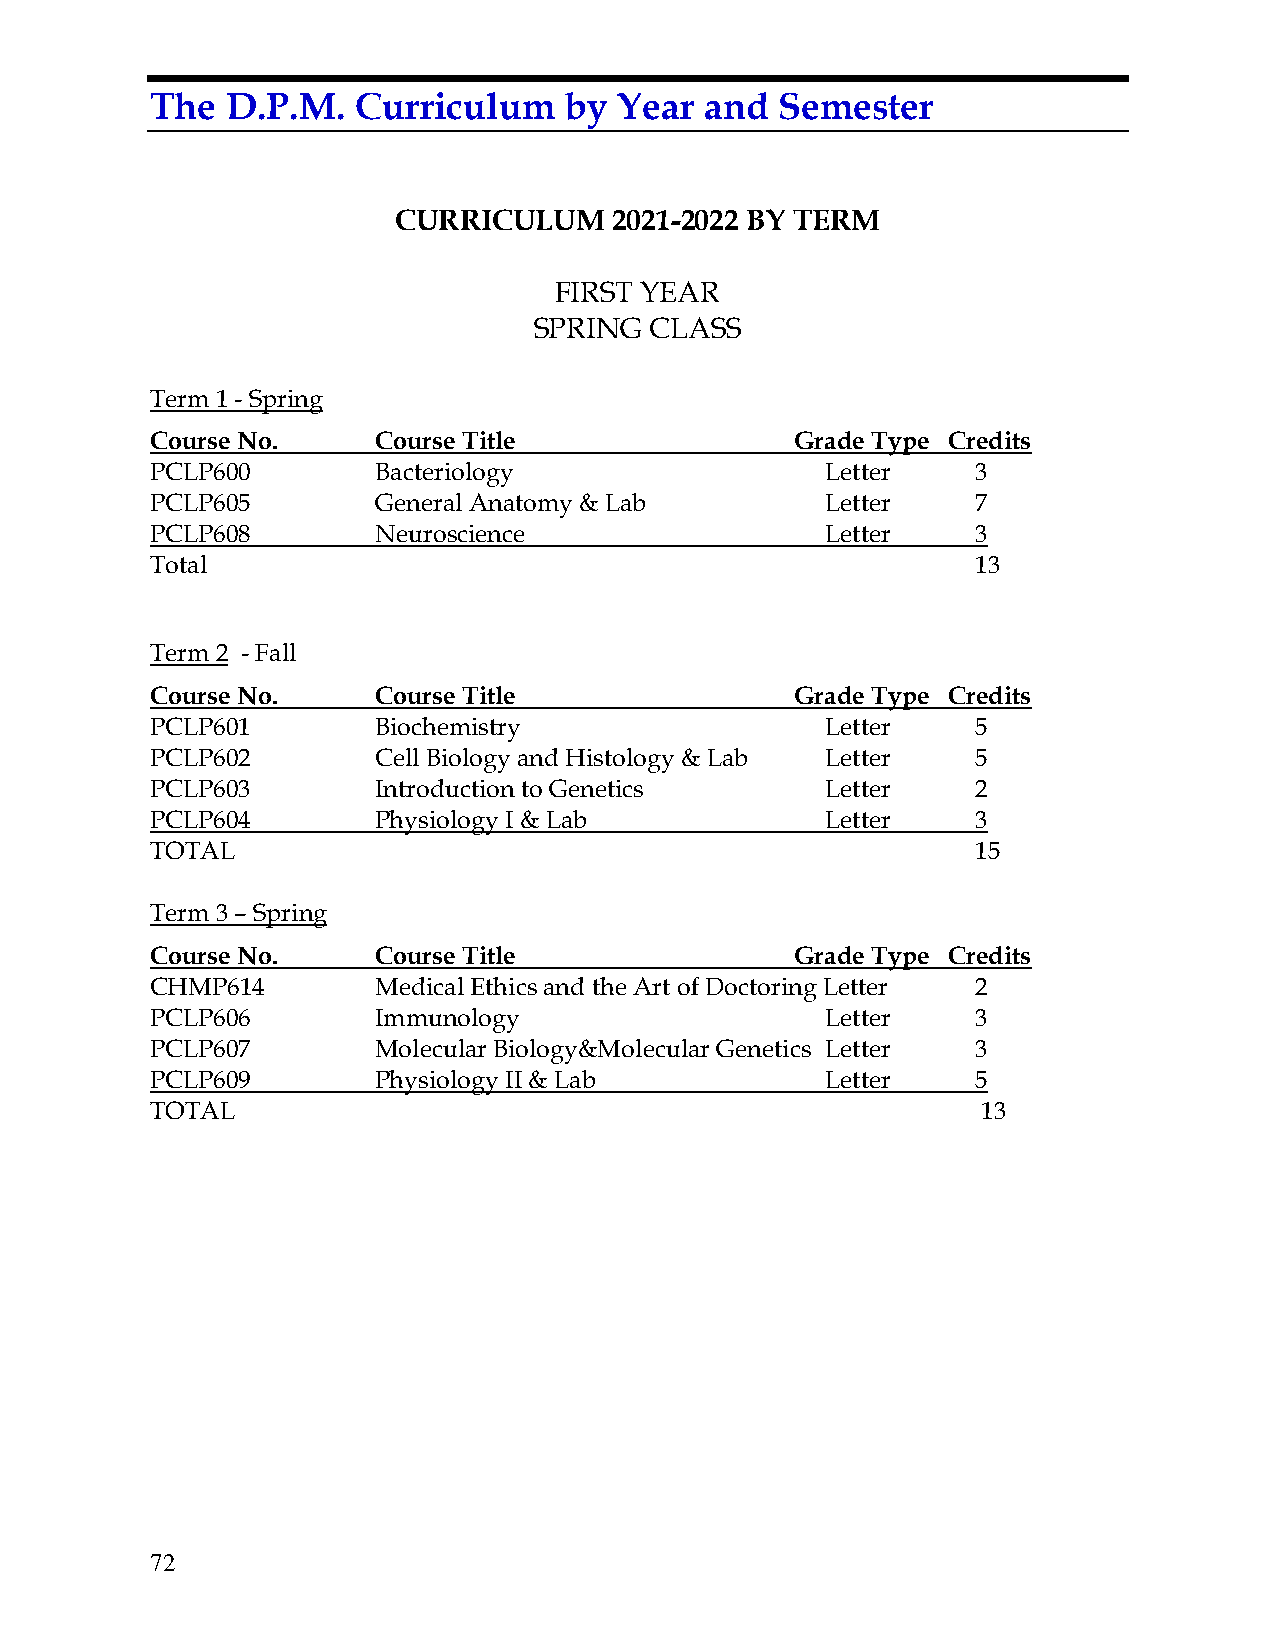
The  D.P.M.   Curriculum   by  Year  and  Semester
 CURRICULUM     2021-2022 BY TERM
 FIRST YEAR
 SPRING  CLASS
 Term 1 - Spring
 Course No.     Course Title                Grade Type Credits
 PCLP600        Bacteriology                  Letter    3
 PCLP605        General Anatomy & Lab         Letter    7
 PCLP608        Neuroscience                  Letter    3
 Total                                                  13
 Term 2 - Fall
 Course No.     Course Title                Grade Type Credits
 PCLP601        Biochemistry                  Letter    5
 PCLP602        Cell Biology and Histology & Lab Letter 5
 PCLP603        Introduction to Genetics      Letter    2
 PCLP604        Physiology I & Lab            Letter    3
 TOTAL                                                  15
 Term 3 – Spring
 Course No.     Course Title                Grade Type Credits
 CHMP614        Medical Ethics and the Art of Doctoring Letter 2
 PCLP606        Immunology                    Letter    3
 PCLP607        Molecular Biology&Molecular Genetics Letter 3
 PCLP609        Physiology II & Lab           Letter    5
 TOTAL                                                  13
 72